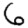
Digit: 6